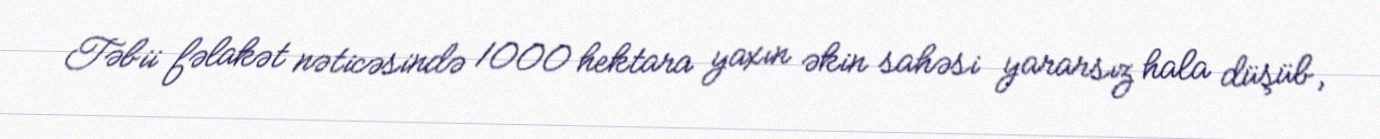
Təbii fəlakət nəticəsində 1000 hektara yaxın əkin sahəsi yararsız hala düşüb,